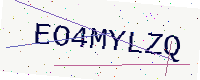
Text: EO4MYLZQ